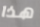
هذا